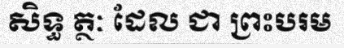
សិទ្ធ ត្ថៈ ដែល ជា ព្រះបរម